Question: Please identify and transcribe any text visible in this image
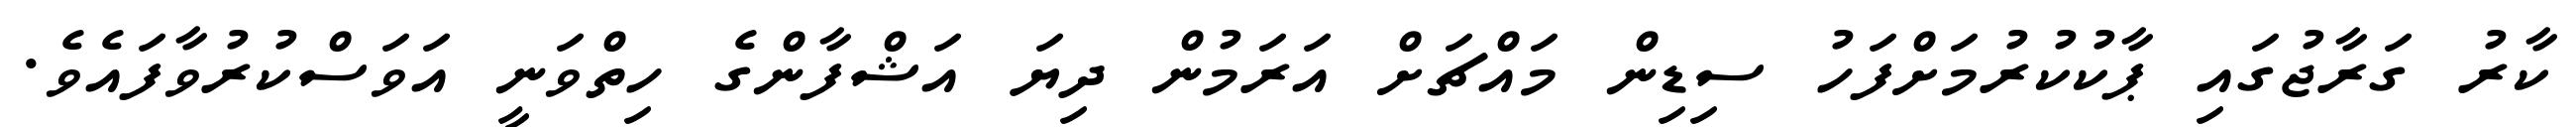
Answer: ކާރު ގަރާޖުގައި ޕާކުކުރުމަށްފަހު ސިޑިން މައްޗަށް އަރަމުން ދިޔަ އަޝްފާންގެ ހިތްވަނީ އަވަސްކުރުވާފައެވެ.